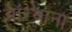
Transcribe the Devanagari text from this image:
ऑरवाना